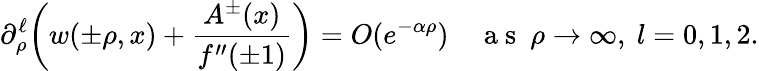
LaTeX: \partial_{\rho}^{\ell}\bigg(w(\pm\rho,x)+\frac{A^{\pm}(x)}{f^{\prime\prime}(\pm 1)}\bigg)=O(e^{-\alpha\rho})\quad\mathrm{~a~s~}~\rho\to\infty,\ l=0,1,2.